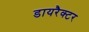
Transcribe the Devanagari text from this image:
डायरैक्टर